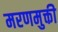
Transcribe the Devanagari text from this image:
मरणमुक्ती